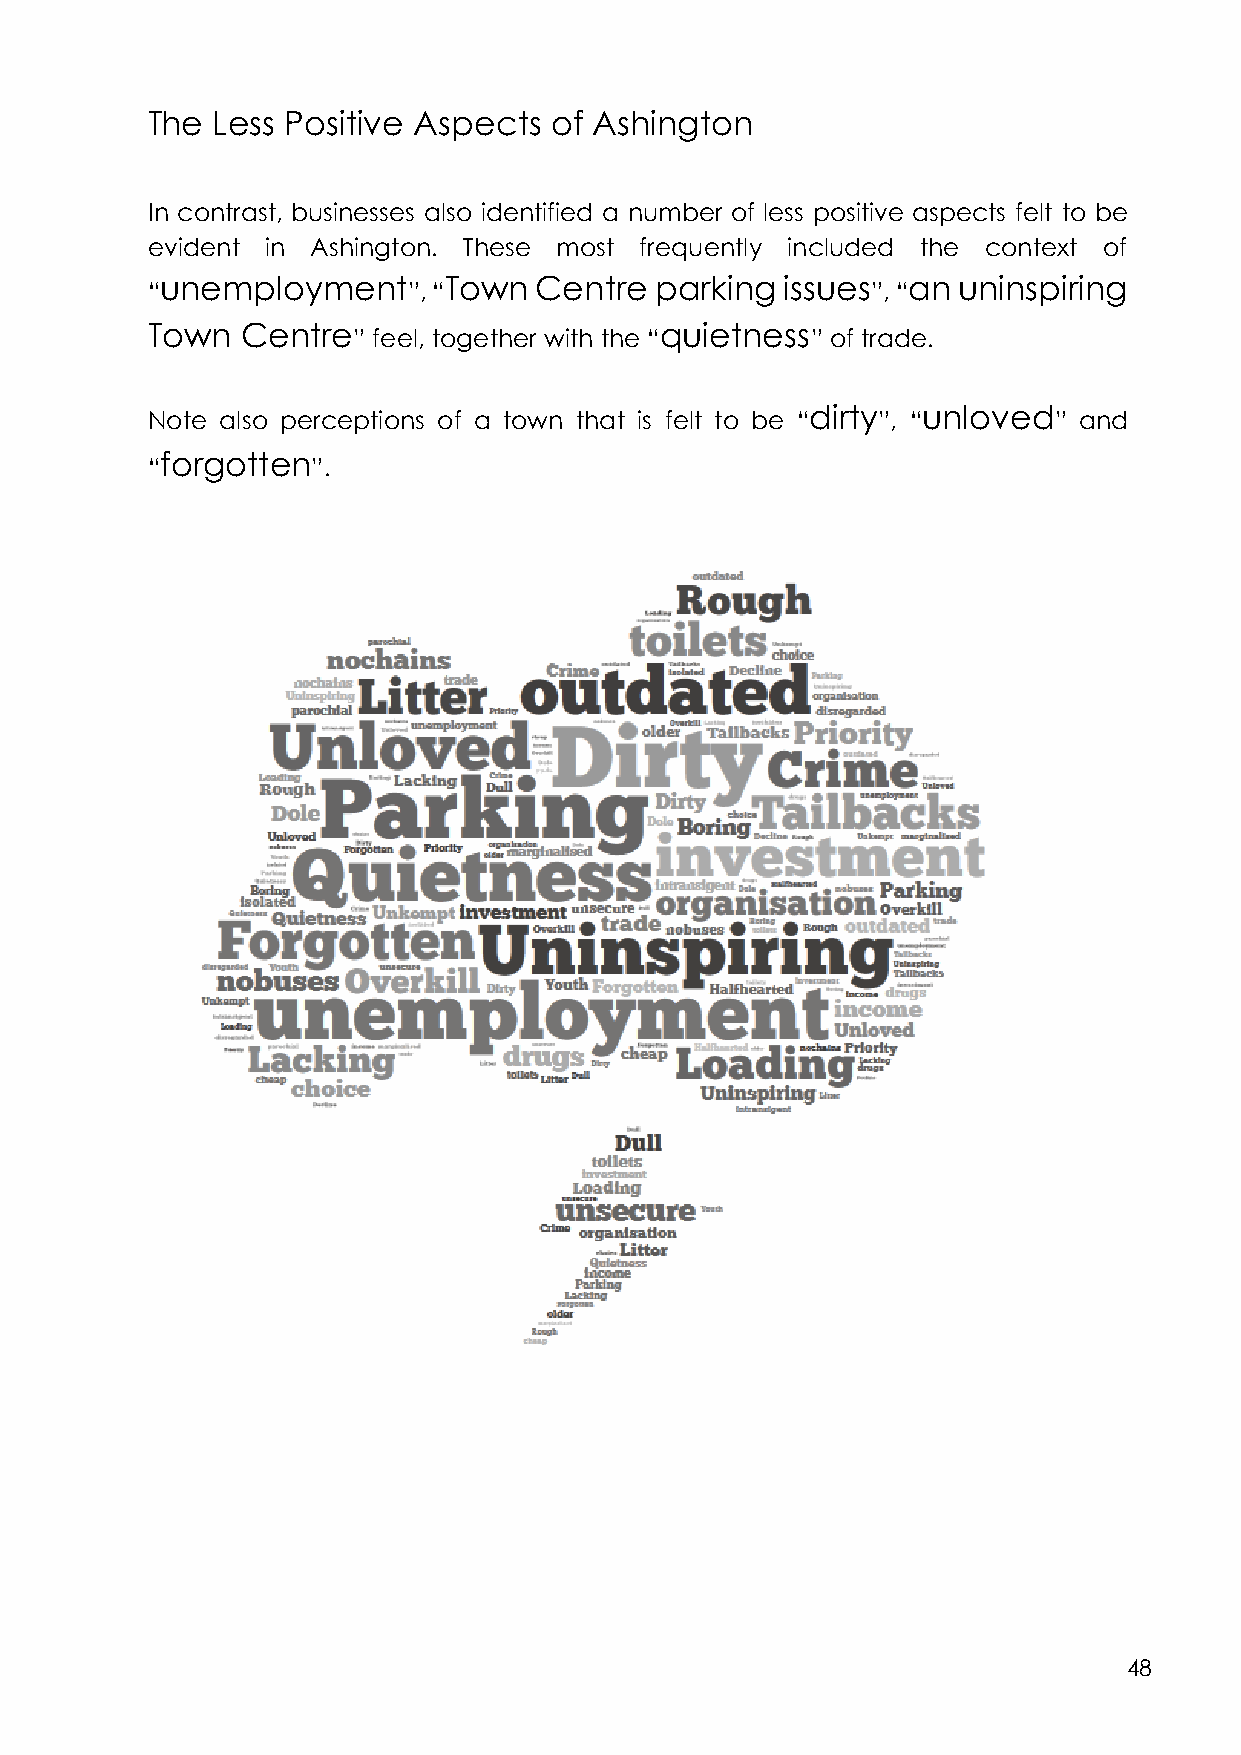
The Less Positive Aspects of Ashington
 In contrast, businesses also identified a number of less positive aspects felt to be
 evident in Ashington. These most frequently included the context of
 unemployment      Town  Centre  parking  issues  an uninspiring
 “                ”, “                           ”, “
 Town  Centre                      quietness
 ” feel, together with the “    ” of trade.
 dirty  unloved
 Note also perceptions of a town that is felt to be “ ”, “   ” and
 “forgotten
 ”.
 48